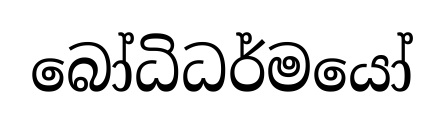
බෝධිධර්මයෝ